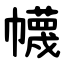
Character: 幭